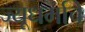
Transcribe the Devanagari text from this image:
ज्यूधर्माचे